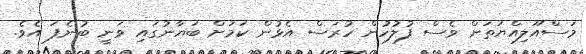
މަސްއޫލިއްޔަތަށް ވެސް ފުލުހުން ހުރަސް އެޅުން ކަމަށް ބަޔާނުގައި ވަނީ ބުނެފަ އެވެ.